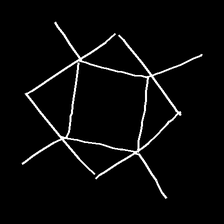
Glyph: light